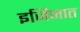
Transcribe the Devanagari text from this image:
इजिनात